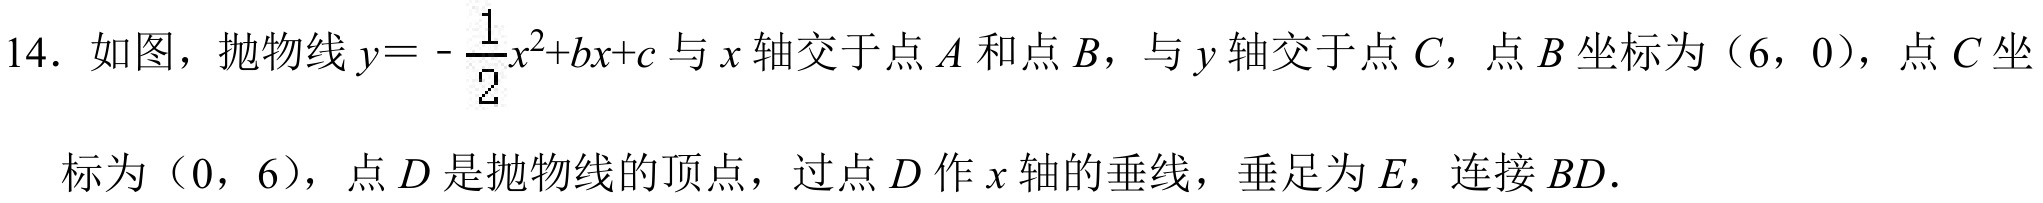
14．如图，抛物线\(y = -\frac{1}{2}x^{2}+bx + c\)与\(x\)轴交于点\(A\)和点\(B\)，与\(y\)轴交于点\(C\)，点\(B\)坐标为\((6,0)\)，点\(C\)坐标为\((0,6)\)，点\(D\)是抛物线的顶点，过点\(D\)作\(x\)轴的垂线，垂足为\(E\)，连接\(BD\)．